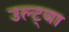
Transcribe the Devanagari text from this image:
उल्ट्या